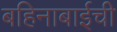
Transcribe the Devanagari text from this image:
बहिनाबाईची